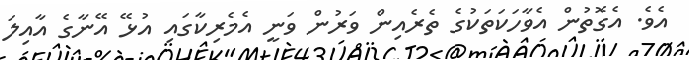
އެވެ. އެގޮތުން އެވާހަކަތަކުގެ ތެރެއިން ވަރުން ވަނީ އެމެރިކާގައި އުޅޭ އޭނާގެ އާއިލަ